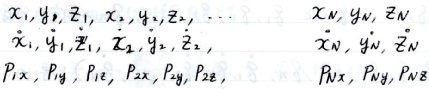
\[
\begin{align*}
x_1,y_1,z_1,\ x_2,y_2,z_2,\ \cdots\ \ \ \ \ \ \ \ \ \ \ \ \ \ \ \ \ \ \ \ \ \ \ \ \ \ \ \ \ \ \ \ \ \ \ \ \ \ \ \ \ \ \ \ \ \ \ \ \ \ \ \ \ \ \ \ \ \ \ \ \ \ \ \ \ \ \ \ \ \ \ \ \ \ \ \ \ \ \ \ \ \ \ \ \ \ \ \ \ \ \ \ \ \ \ \ \ \ \ \ \ \ \ \ \ \ \ \ \ \ \ \ \ \ \ \ \ \ \ \ \ \ \ \ \ \ \ \ \ \ \ \ \ \ \ \ \ \ \ \ \ \ \ \ \ \ \ \ \ \ \ \ \ \ \ \ \ \ \ \ \ \ \ \ \ \ \ \ \ \ \ \ \ \ \ \ \ \ \ \ \ \ \ \ \ \ \ \ \ \ \ \ \ \ \ \ \ \ \ \ \ \ \ \ \ \ \ \ \ \ \ \ \ \ \ \ \ \ \ \ \ \ \ \ \ \ \ \ \ \ \ \ \ \ \ \ \ \ \ \ \ \ \ \ \ \ \ \ \ \ \ \ \ \ \ \ \ \ \ \ \ \ \ \ \ \ \ \ \ \ \ \ \ \ \ \ \ \ \ \ \ \ \ \ \ \ \ \ \ \ \ \ \ \ \ \ \ \ \ \ \ \ \ \ \ \ \ \ \ \ \ \ \ \ \ \ \ \ \ \ \ \ \ \ \ \ \ \ \ \ \ \ \ \ \ \ \ \ \ \ \ \ \ \ \ \ \ \ \ \ \ \ \ \ \ \ \ \ \ \ \ \ \ \ \ \ \ \ \ \ \ \ \ \ \ \ \ \ \ \ \ \ \ \ \ \ \ \ \ \ \ \ \ \ \ \ \ \ \ \ \ \ \ \ \ \ \ \ \ \ \ \ \ \ \ \ \ \ \ \ \ \ \ \ \ \ \ \ \ \ \ \ \ \ \ \ \ \ \ \ \ \ \ \ \ \ \ \ \ \ \ \ \ \ \ \ \ \ \ \ \ \ \ \ \ \ \ \ \ \ \ \ \ \ \ \ \ \ \ \ \ \ \ \ \ \ \ \ \ \ \ \ \ \ \ \ \ \ \ \ \ \ \ \ \ \ \ \ \ \ \ \ \ \ \ \ \ \ \ \ \ \ \ \ \ \ \ \ \ \ \ \ \ \ \ \ \ \ \ \ \ \ \ \ \ \ \ \ \ \ \ \ \ \ \ \ \ \ \ \ \ \ \ \ \ \ \ \ \ \ \ \ \ \ \ \ \ \ \ \ \ \ \ \ \ \ \ \ \ \ \ \ \ \ \ \ \ \ \ \ \ \ \ \ \ \ \ \ \ \ \ \ \ \ \ \ \ \ \ \ \ \ \ \ \ \ \ \ \ \ \ \ \ \ \ \ \ \ \ \ \ \ \ \ \ \ \ \ \ \ \ \ \ \ \ \ \ \ \ \ \ \ \ \ \ \ \ \ \ \ \ \ \ \ \ \ \ \ \ \ \ \ \ \ \ \ \ \ \ \ \ \ \ \ \ \ \ \ \ \ \ \ \ \ \ \ \ \ \ \ \ \ \ \ \ \ \ \ \ \ \ \ \ \ \ \ \ \ \ \ \ \ \ \ \ \ \ \ \ \ \ \ \ \ \ \ \ \ \ \ \ \ \ \ \ \ \ \ \ \ \ \ \ \ \ \ \ \ \ \ \ \ \ \ \ \ \ \ \ \ \ \ \ \ \ \ \ \ \ \ \ \ \ \ \ \ \ \ \ \ \ \ \ \ \ \ \ \ \ \ \ \ \ \ \ \ \ \ \ \ \ \ \ \ \ \ \ \ \ \ \ \ \ \ \ \ \ \ \ \ \ \ \ \ \ \ \ \ \ \ \ \ \ \ \ \ \ \ \ \ \ \ \ \ \ \ \ \ \ \ \ \ \ \ \ \ \ \ \ \ \ \ \ \ \ \ \ \ \ \ \ \ \ \ \ \ \ \ \ \ \ \ \ \ \ \ \ \ \ \ \ \ \ \ \ \ \ \ \ \ \ \ \ \ \ \ \ \ \ \ \ \ \ \ \ \ \ \ \ \ \ \ \ \ \ \ \ \ \ \ \ \ \ \ \ \ \ \ \ \ \ \ \ \ \ \ \ \ \ \ \ \ \ \ \ \ \ \ \ \ \ \ \ \ \ \ \ \ \ \ \ \ \ \ \ \ \ \ \ \ \ \ \ \ \ \ \ \ \ \ \ \ \ \ \ \ \ \ \ \ \ \ \ \ \ \ \ \ \ \ \ \ \ \ \ \ \ \ \ \ \ \ \ \ \ \ \ \ \ \ \ \ \ \ \ \ \ \ \ \ \ \ \ \ \ \ \ \ \ \ \ \ \ \ \ \ \ \ \ \ \ \ \ \ \ \ \ \ \ \ \ \ \ \ \ \ \ \ \ \ \ \ \ \ \ \ \ \ \ \ \ \ \ \ \ \ \ \ \ \ \ \ \ \ \ \ \ \ \ \ \ \ \ \ \ \ \ \ \ \ \ \ \ \ \ \ \ \ \ \ \ \ \ \ \ \ \ \ \ \ \ \ \ \ \ \ \ \ \ \ \ \ \ \ \ \ \ \ \ \ \ \ \ \ \ \ \ \ \ \ \ \ \ \ \ \ \ \ \ \ \ \ \ \ \ \ \ \ \ \ \ \ \ \ \ \ \ \ \ \ \ \ \ \ \ \ \ \ \ \ \ \ \ \ \ \ \ \ \ \ \ \ \ \ \ \ \ \ \ \ \ \ \ \ \ \ \ \ \ \ \ \ \ \ \ \ \ \ \ \ \ \ \ \ \ \ \ \ \ \ \ \ \ \ \ \ \ \ \ \ \ \ \ \ \ \ \ \ \ \ \ \ \ \ \ \ \ \ \ \ \ \ \ \ \ \ \ \ \ \ \ \ \ \ \ \ \ \ \ \ \ \ \ \ \ \ \ \ \ \ \ \ \ \ \ \ \ \ \ \ \ \ \ \ \ \ \ \ \ \ \ \ \ \ \ \ \ \ \ \ \ \ \ \ \ \ \ \ \ \ \ \ \ \ \ \ \ \ \ \ \ \ \ \ \ \ \ \ \ \ \ \ \ \ \ \ \ \ \ \ \ \ \ \ \ \ \ \ \ \ \ \ \ \ \ \ \ \ \ \ \ \ \ \ \ \ \ \ \ \ \ \ \ \ \ \ \ \ \ \ \ \ \ \ \ \ \ \ \ \ \ \ \ \ \ \ \ \ \ \ \ \ \ \ \ \ \ \ \ \ \ \ \ \ \ \ \ \ \ \ \ \ \ \ \ \ \ \ \ \ \ \ \ \ \ \ \ \ \ \ \ \ \ \ \ \ \ \ \ \ \ \ \ \ \ \ \ \ \ \ \ \ \ \ \ \ \ \ \ \ \ \ \ \ \ \ \ \ \ \ \ \ \ \ \ \ \ \ \ \ \ \ \ \ \ \ \ \ \ \ \ \ \ \ \ \ \ \ \ \ \ \ \ \ \ \ \ \ \ \ \ \ \ \ \ \ \ \ \ \ \ \ \ \ \ \ \ \ \ \ \ \ \ \ \ \ \ \ \ \ \ \ \ \ \ \ \ \ \ \ \ \ \ \ \ \ \ \ \ \ \ \ \ \ \ \ \ \ \ \ \ \ \ \ \ \ \ \ \ \ \ \ \ \ \ \ \ \ \ \ \ \ \ \ \ \ \ \ \ \ \ \ \ \ \ \ \ \ \ \ \ \ \ \ \ \ \ \ \ \ \ \ \ \ \ \ \ \ \ \ \ \ \ \ \ \ \ \ \ \ \ \ \ \ \ \ \ \ \ \ \ \ \ \ \ \ \ \ \ \ \ \ \ \ \ \ \ \ \ \ \ \ \ \ \ \ \ \ \ \ \ \ \ \ \ \ \ \ \ \ \ \ \ \ \ \ \ \ \ \ \ \ \ \ \ \ \ \ \ \ \ \ \ \ \ \ \ \ \ \ \ \ \ \ \ \ \ \ \ \ \ \ \ \ \ \ \ \ \ \ \ \ \ \ \ \ \ \ \ \ \ \ \ \ \ \ \ \ \ \ \ \ \ \ \ \ \ \ \ \ \ \ \ \ \ \ \ \ \ \ \ \ \ \ \ \ \ \ \ \ \ \ \ \ \ \ \ \ \ \ \ \ \ \ \ \ \ \ \ \ \ \ \ \ \ \ \ \ \ \ \ \ \ \ \ \ \ \ \ \ \ \ \ \ \ \ \ \ \ \ \ \ \ \ \ \ \ \ \ \ \ \ \ \ \ \ \ \ \ \ \ \ \ \ \ \ \ \ \ \ \ \ \ \ \ \ \ \ \ \ \ \ \ \ \ \ \ \ \ \ \ \ \ \ \ \ \ \ \ \ \ \ \ \ \ \ \ \ \ \ \ \ \ \ \ \ \ \ \ \ \ \ \ \ \ \ \ \ \ \ \ \ \ \ \ \ \ \ \ \ \ \ \ \ \ \ \ \ \ \ \ \ \ \ \ \ \ \ \ \ \ \ \ \ \ \ \ \ \ \ \ \ \ \ \ \ \ \ \ \ \ \ \ \ \ \ \ \ \ \ \ \ \ \ \ \ \ \ \ \ \ \ \ \ \ \ \ \ \ \ \ \ \ \ \ \ \ \ \ \ \ \ \ \ \ \ \ \ \ \ \ \ \ \ \ \ \ \ \ \ \ \ \ \ \ \ \ \ \ \ \ \ \ \ \ \ \ \ \ \ \ \ \ \ \ \ \ \ \ \ \ \ \ \ \ \ \ \ \ \ \ \ \ \ \ \ \ \ \ \ \ \ \ \ \ \ \ \ \ \ \ \ \ \ \ \ \ \ \ \ \ \ \ \ \ \ \ \ \ \ \ \ \ \ \ \ \ \ \ \ \ \ \ \ \ \ \ \ \ \ \ \ \ \ \ \ \ \ \ \ \ \ \ \ \ \ \ \ \ \ \ \ \ \ \ \ \ \ \ \ \ \ \ \ \ \ \ \ \ \ \ \ \ \ \ \ \ \ \ \ \ \ \ \ \ \ \ \ \ \ \ \ \ \ \ \ \ \ \ \ \ \ \ \ \ \ \ \ \ \ \ \ \ \ \ \ \ \ \ \ \ \ \ \ \ \ \ \ \ \ \ \ \ \ \ \ \ \ \ \ \ \ \ \ \ \ \ \ \ \ \ \ \ \ \ \ \ \ \ \ \ \ \ \ \ \ \ \ \ \ \ \ \ \ \ \ \ \ \ \ \ \ \ \ \ \ \ \ \ \ \ \ \ \ \ \ \ \ \ \ \ \ \ \ \ \ \ \ \ \ \ \ \ \ \ \ \ \ \ \ \ \ \ \ \ \ \ \ \ \ \ \ \ \ \ \ \ \ \ \ \ \ \ \ \ \ \ \ \ \ \ \ \ \ \ \ \ \ \ \ \ \ \ \ \ \ \ \ \ \ \ \ \ \ \ \ \ \ \ \ \ \ \ \ \ \ \ \ \ \ \ \ \ \ \ \ \ \ \ \ \ \ \ \ \ \ \ \ \ \ \ \ \ \ \ \ \ \ \ \ \ \ \ \ \ \ \ \ \ \ \ \ \ \ \ \ \ \ \ \ \ \ \ \ \ \ \ \ \ \ \ \ \ \ \ \ \ \ \ \ \ \ \ \ \ \ \ \ \ \ \ \ \ \ \ \ \ \ \ \ \ \ \ \ \ \ \ \ \ \ \ \ \ \ \ \ \ \ \ \ \ \ \ \ \ \ \ \ \ \ \ \ \ \ \ \ \ \ \ \ \ \ \ \ \ \ \ \ \ \ \ \ \ \ \ \ \ \ \ \ \ \ \ \ \ \ \ \ \ \ \ \ \ \ \ \ \ \ \ \ \ \ \ \ \ \ \ \ \ \ \ \ \ \ \ \ \ \ \ \ \ \ \ \ \ \ \ \ \ \ \ \ \ \ \ \ \ \ \ \ \ \ \ \ \ \ \ \ \ \ \ \ \ \ \ \ \ \ \ \ \ \ \ \ \ \ \ \ \ \ \ \ \ \ \ \ \ \ \ \ \ \ \ \ \ \ \ \ \ \ \ \ \ \ \ \ \ \ \ \ \ \ \ \ \ \ \ \ \ \ \ \ \ \ \ \ \ \ \ \ \ \ \ \ \ \ \ \ \ \ \ \ \ \ \ \ \ \ \ \ \ \ \ \ \ \ \ \ \ \ \ \ \ \ \ \ \ \ \ \ \ \ \ \ \ \ \ \ \ \ \ \ \ \ \ \ \ \ \ \ \ \ \ \ \ \ \ \ \ \ \ \ \ \ \ \ \ \ \ \ \ \ \ \ \ \ \ \ \ \ \ \ \ \ \ \ \ \ \ \ \ \ \ \ \ \ \ \ \ \ \ \ \ \ \ \ \ \ \ \ \ \ \ \ \ \ \ \ \ \ \ \ \ \ \ \ \ \ \ \ \ \ \ \ \ \ \ \ \ \ \ \ \ \ \ \ \ \ \ \ \ \ \ \ \ \ \ \ \ \ \ \ \ \ \ \ \ \ \ \ \ \ \ \ \ \ \ \ \ \ \ \ \ \ \ \ \ \ \ \ \ \ \ \ \ \ \ \ \ \ \ \ \ \ \ \ \ \ \ \ \ \ \ \ \ \ \ \ \ \ \ \ \ \ \ \ \ \ \ \ \ \ \ \ \ \ \ \ \ \ \ \ \ \ \ \ \ \ \ \ \ \ \ \ \ \ \ \ \ \ \ \ \ \ \ \ \ \ \ \ \ \ \ \ \ \ \ \ \ \ \ \ \ \ \ \ \ \ \ \ \ \ \ \ \ \ \ \ \ \ \ \ \ \ \ \ \ \ \ \ \ \ \ \ \ \ \ \ \ \ \ \ \ \ \ \ \ \ \ \ \ \ \ \ \ \ \ \ \ \ \ \ \ \ \ \ \ \ \ \ \ \ \ \ \ \ \ \ \ \ \ \ \ \ \ \ \ \ \ \ \ \ \ \ \ \ \ \ \ \ \ \ \ \ \ \ \ \ \ \ \ \ \ \ \ \ \ \ \ \ \ \ \ \ \ \ \ \ \ \ \ \ \ \ \ \ \ \ \ \ \ \ \ \ \ \ \ \ \ \ \ \ \ \ \ \ \ \ \ \ \ \ \ \ \ \ \ \ \ \ \ \ \ \ \ \ \ \ \ \ \ \ \ \ \ \ \ \ \ \ \ \ \ \ \ \ \ \ \ \ \ \ \ \ \ \ \ \ \ \ \ \ \ \ \ \ \ \ \ \ \ \ \ \ \ \ \ \ \ \ \ \ \ \ \ \ \ \ \ \ \ \ \ \ \ \ \ \ \ \ \ \ \ \ \ \ \ \ \ \ \ \ \ \ \ \ \ \ \ \ \ \ \ \ \ \ \ \ \ \ \ \ \ \ \ \ \ \ \ \ \ \ \ \ \ \ \ \ \ \ \ \ \ \ \ \ \ \ \ \ \ \ \ \ \ \ \ \ \ \ \ \ \ \ \ \ \ \ \ \ \ \ \ \ \ \ \ \ \ \ \ \ \ \ \ \ \ \ \ \ \ \ \ \ \ \ \ \ \ \ \ \ \ \ \ \ \ \ \ \ \ \ \ \ \ \ \ \ \ \ \ \ \ \ \ \ \ \ \ \ \ \ \ \ \ \ \ \ \ \ \ \ \ \ \ \ \ \ \ \ \ \ \ \ \ \ \ \ \ \ \ \ \ \ \ \ \ \ \ \ \ \ \ \ \ \ \ \ \ \ \ \ \ \ \ \ \ \ \ \ \ \ \ \ \ \ \ \ \ \ \ \ \ \ \ \ \ \ \ \ \ \ \ \ \ \ \ \ \ \ \ \ \ \ \ \ \ \ \ \ \ \ \ \ \ \ \ \ \ \ \ \ \ \ \ \ \ \ \ \ \ \ \ \ \ \ \ \ \ \ \ \ \ \ \ \ \ \ \ \ \ \ \ \ \ \ \ \ \ \ \ \ \ \ \ \ \ \ \ \ \ \ \ \ \ \ \ \ \ \ \ \ \ \ \ \ \ \ \ \ \ \ \ \ \ \ \ \ \ \ \ \ \ \ \ \ \ \ \ \ \ \ \ \ \ \ \ \ \ \ \ \ \ \ \ \ \ \ \ \ \ \ \ \ \ \ \ \ \ \ \ \ \ \ \ \ \ \ \ \ \ \ \ \ \ \ \ \ \ \ \ \ \ \ \ \ \ \ \ \ \ \ \ \ \ \ \ \ \ \ \ \ \ \ \ \ \ \ \ \ \ \ \ \ \ \ \ \ \ \ \ \ \ \ \ \ \ \ \ \ \ \ \ \ \ \ \ \ \ \ \ \ \ \ \ \ \ \ \ \ \ \ \ \ \ \ \ \ \ \ \ \ \ \ \ \ \ \ \ \ \ \ \ \ \ \ \ \ \ \ \ \ \ \ \ \ \ \ \ \ \ \ \ \ \ \ \ \ \ \ \ \ \ \ \ \ \ \ \ \ \ \ \ \ \ \ \ \ \ \ \ \ \ \ \ \ \ \ \ \ \ \ \ \ \ \ \ \ \ \ \ \ \ \ \ \ \ \ \ \ \ \ \ \ \ \ \ \ \ \ \ \ \ \ \ \ \ \ \ \ \ \ \ \ \ \ \ \ \ \ \ \ \ \ \ \ \ \ \ \ \ \ \ \ \ \ \ \ \ \ \ \ \ \ \ \ \ \ \ \ \ \ \ \ \ \ \ \ \ \ \ \ \ \ \ \ \ \ \ \ \ \ \ \ \ \ \ \ \ \ \ \ \ \ \ \ \ \ \ \ \ \ \ \ \ \ \ \ \ \ \ \ \ \ \ \ \ \ \ \ \ \ \ \ \ \ \ \ \ \ \ \ \ \ \ \ \ \ \ \ \ \ \ \ \ \ \ \ \ \ \ \ \ \ \ \ \ \ \ \ \ \ \ \ \ \ \ \ \ \ \ \ \ \ \ \ \ \ \ \ \ \ \ \ \ \ \ \ \ \ \ \ \ \ \ \ \